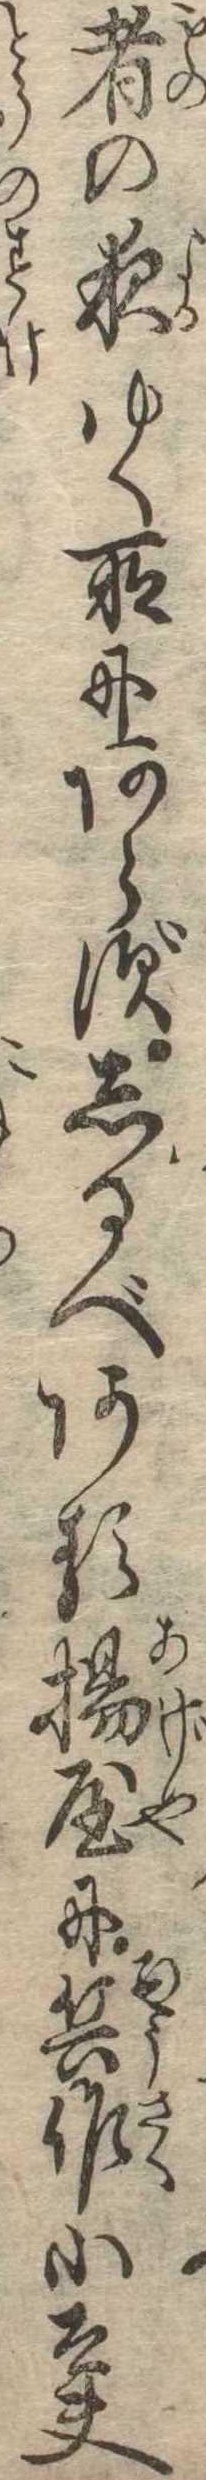
者の夜ゆく所にあらずしるべある揚屋に兵作小太夫